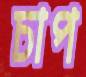
চাপ